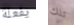
يفعلة تلك